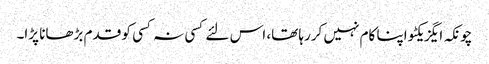
چونکہ ایگزیکٹو اپنا کام نہیں کررہا تھا، اس لئے کسی نہ کسی کو قدم بڑھانا پڑا۔